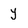
Character: y